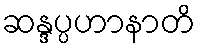
ဆန္ဒပ္ပဟာနာတိ